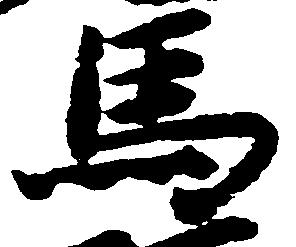
馬